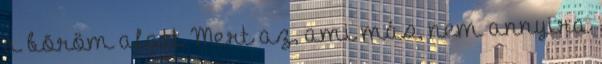
a bõröm alatt Mert az, ami más, nem annyira